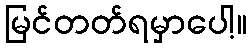
မြင်တတ်ရမှာပေါ့။